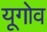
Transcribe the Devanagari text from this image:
यूगोव